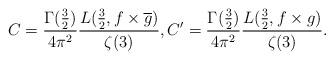
LaTeX: \begin{align*} C = \frac{\Gamma(\frac{3}{2})}{4\pi^2} \frac{L(\frac{3}{2}, f \times \overline{g})}{\zeta(3)}, C' = \frac{\Gamma(\frac{3}{2})}{4\pi^2} \frac{L(\frac{3}{2}, f \times g)}{\zeta(3)}. \end{align*}